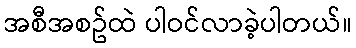
အစီအစဥ်ထဲ ပါဝင်လာခဲ့ပါတယ်။